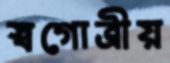
স্বগোত্রীয়